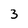
Character: 3